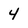
Character: 4